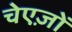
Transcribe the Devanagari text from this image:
चेएज़ों